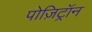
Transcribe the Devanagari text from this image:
पोज़िट्रॉन